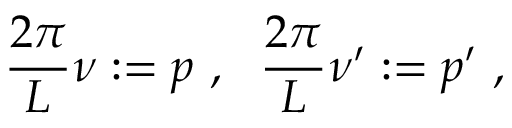
\frac { 2 \pi } { L } \nu : = p \ , \ \ \frac { 2 \pi } { L } \nu ^ { \prime } : = p ^ { \prime } \ ,